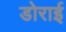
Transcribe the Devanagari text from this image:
डोराई